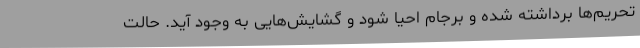
تحریم‌ها برداشته شده و برجام احیا شود و گشایش‌هایی به وجود آید. حالت